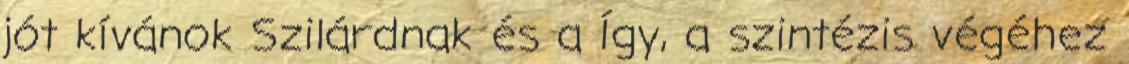
jót kívánok Szilárdnak és a Így, a szintézis végéhez